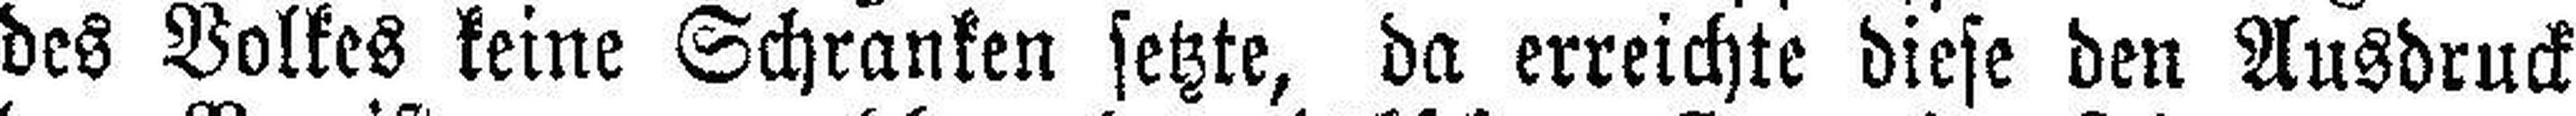
des Volkes keine Schranken setzte, da erreichte diese den Ausdruck